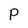
Character: P